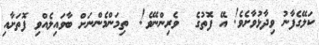
ކަލޭގެފާނު ވިދާޅުވާށެވެ! އޭ ފޮތުގެ  ވެރިންނޭވެ!  ތިމަންމެންނަށް ބާވައިލެއްވި ފޮތަށާއި